Medical and sanitary report of the native army of Madras for the year
Year: 1872
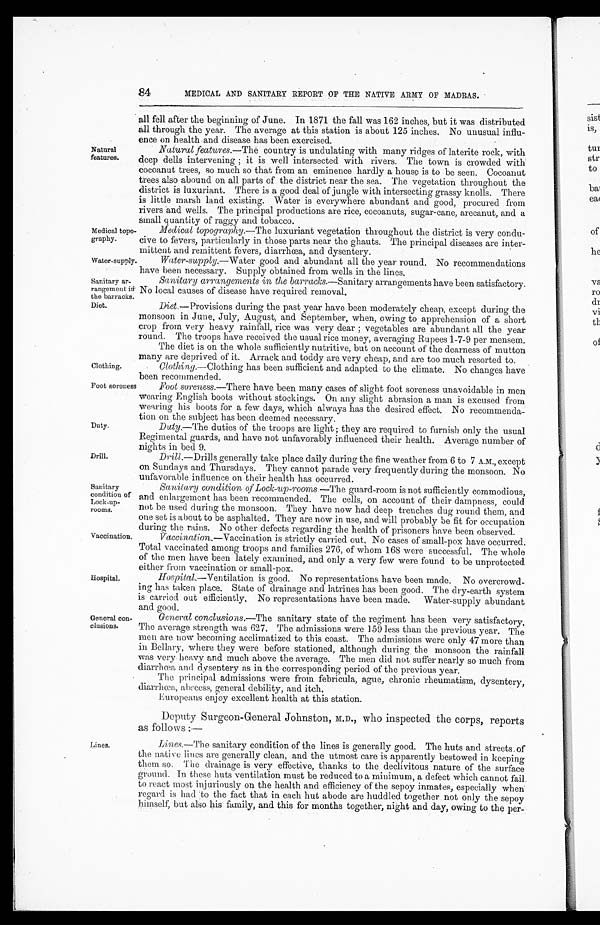
Medical topo
-
graphy.
Water-supply.
Sanitary ar
-
rangement in
the barracks.
Diet.
84
MEDICAL AND SANITARY REPORT OF THE NATIVE ARMY OF MADRAS.
Natural
features.
all fell after the beginning of June. In 1871 the fall was 162 inches, but it was distributed
all through the year. The average at this station is about 125 inches. No unusual influ
-
ence on health and disease has been exercised.
Natural features.—The country is undulating with many ridges of laterite rock, with
deep dells intervening ; it is well intersected with rivers. The town is crowded with
cocoanut trees, so much so that from an eminence hardly a house is to be seen. Cocoanut
trees also abound on all parts of the district near the sea. The vegetation throughout the
district is luxuriant. There is a good deal of jungle with intersecting grassy knolls. There
is little marsh land existing. Water is everywhere abundant and good, procured from
rivers and wells. The principal productions are rice, cocoanuts, sugar-cane, arecanut, and a
small quantity of raggy and tobacco.
Clothing.
Medical topography.—The luxuriant vegetation throughout the district is very condu
-cive to fevers, particularly in those parts near the ghauts. The principal diseases are inter
-mittent and remittent fevers, diarrhœa, and dysentery.
Water-supply.—Water good and abundant all the year round. No recommendations
have been necessary. Supply obtained from wells in the lines.
Sanitary arrangements in the barracks .—Sanitary arrangements have been satisfactory.
No local causes of disease have required removal.
Diet.— P r o v i s i o n s d u r i n g t h e p a s t y e a r h a v e b e e n m o d e r a t e l y c h e a p , e x c e p t d u r i n g t h e
monsoon in June, July, August, and September, when, owing to apprehension of a short
crop from very heavy rainfall, rice was very dear ; vegetables are abundant all the year
round. The troops have received the usual rice money, averaging Rupees 1-7-9 per mensem.
The diet is on the whole sufficiently nutritive, but on account of the dearness of mutton
many are deprived of it. Arrack and toddy are very cheap, and are too much resorted to.
Clothing.—Clothing has been sufficient and adapted to the climate. No changes have
been recommended.
Foot soreness
Duty.
Drill.
Sanitary
condition of
Lock-up
-
rooms.
Vaccination.
Hospital.
General con
-
clusions.
Foot soreness. —There have been many cases of slight foot soreness unavoidable in men
wearing English boots without stockings. On any slight abrasion a man is excused from
wearing his boots for a few days, which always has the desired effect. No recommenda
-
tion on the subject has been deemed necessary.
Duty,—The duties of the troops are light ; they are required to furnish only the usual
Regimental guards, and have not unfavorably influenced their health. Average number of
nights in bed 9.
Drill. —Drills generally take place daily during the fine weather from 6 to 7 A.M., except
on Sundays and Thursdays. They cannot parade very frequently during the monsoon. No
unfavorable influence on their health has occurred.
Sanitary condition of Loch-up-rooms. — T h e g u a r d - r o o m i s n o t s u f f i c i e n t l y c o m m o d i o u s ,
and enlargement has been recommended. The cells, on account of their dampness, could
not be used during the monsoon. They have now had deep trenches dug round them, and
one set is about to be asphalted. They are now in use, and will probably be fit for occupation
during the rains. No other defects regarding the health of prisoners have been observed.
Vaccination.—Vaccination is strictly carried out. No cases of small-pox have occurred.
Total vaccinated among troops and families 276, of whom 168 were successful. The whole
of the men have been lately examined, and only a very few were found to be unprotected
either from vaccination or small-pox.
Hospital.—Ventilation is good. No representations have been made. No overcrowd
-ing has taken place. State of drainage and latrines has been good, The dry-earth system
is carried out efficiently, No representations have been made. Water-supply abundant
and good.
General conclusions. —The sanitary state of the regiment has been very satisfactory,
The average strength was 627. The admissions were 159 less than the previous year. The
men are now becoming acclimatized to this coast. The admissions were only 47 more than
in Bellary, where they were before stationed, although during the monsoon the rainfall
was very heavy and much above the average. The men did not suffer nearly so much from
diarrhœa and dysentery as in the corresponding period of the previous year.
The principal admissions were from febricula, ague, chronic rheumatism, dysentery,
diarrhoea, abscess, general debility, and itch,
Europeans enjoy excellent health at this station.
Deputy Surgeon-General Johnston, M.D., who inspected the corps, reports
as follows
Lines.
Lines.—The
sanitary condition of the lines is generally good. The huts and streets of
the native lines are generally clean, and the utmost care is apparently bestowed in keeping
them so. The drainage is very effective, thanks to the declivitous nature of the surface
ground. In these huts ventilation must be reduced to a minimum, a defect which cannot fail
to react most injuriously on the health and efficiency of the sepoy inmates, especially when
regard is had to the fact that in each hut abode are huddled together not only the sepoy
himself, but also his family, and this for months together, night and day, owing to the per-